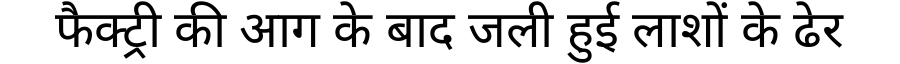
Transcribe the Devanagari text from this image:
फैक्ट्री की आग के बाद जली हुई लाशों के ढेर